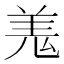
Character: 𮊦